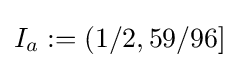
I_{a}:=(1/2,59/96]